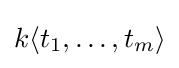
k\langle t_{1},\dots ,t_{m}\rangle